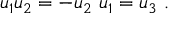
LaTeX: u _ { 1 } u _ { 2 } = - u _ { 2 } \ u _ { 1 } = u _ { 3 } ~ .